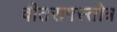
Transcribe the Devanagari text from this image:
वीतरागस्तोत्र